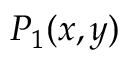
P _ { 1 } ( x , y )